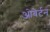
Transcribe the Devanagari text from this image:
ओबेर्टन